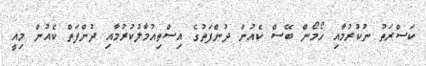
ކަސްރަތު ނުކުރުމާއި ހޯމޯން ބޭސް ކެއުން ދުންފަތުގެ އިސްތިއުމާލުކުރުމާއި ދުންފަތް ކެއުން މިއީ